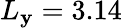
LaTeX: L_{\mathbf{y}}=3.14